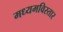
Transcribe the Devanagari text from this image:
मध्यमविस्तार